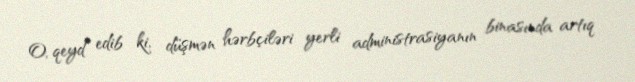
O, qeyd edib ki, düşmən hərbçiləri yerli administrasiyanın binasında artıq